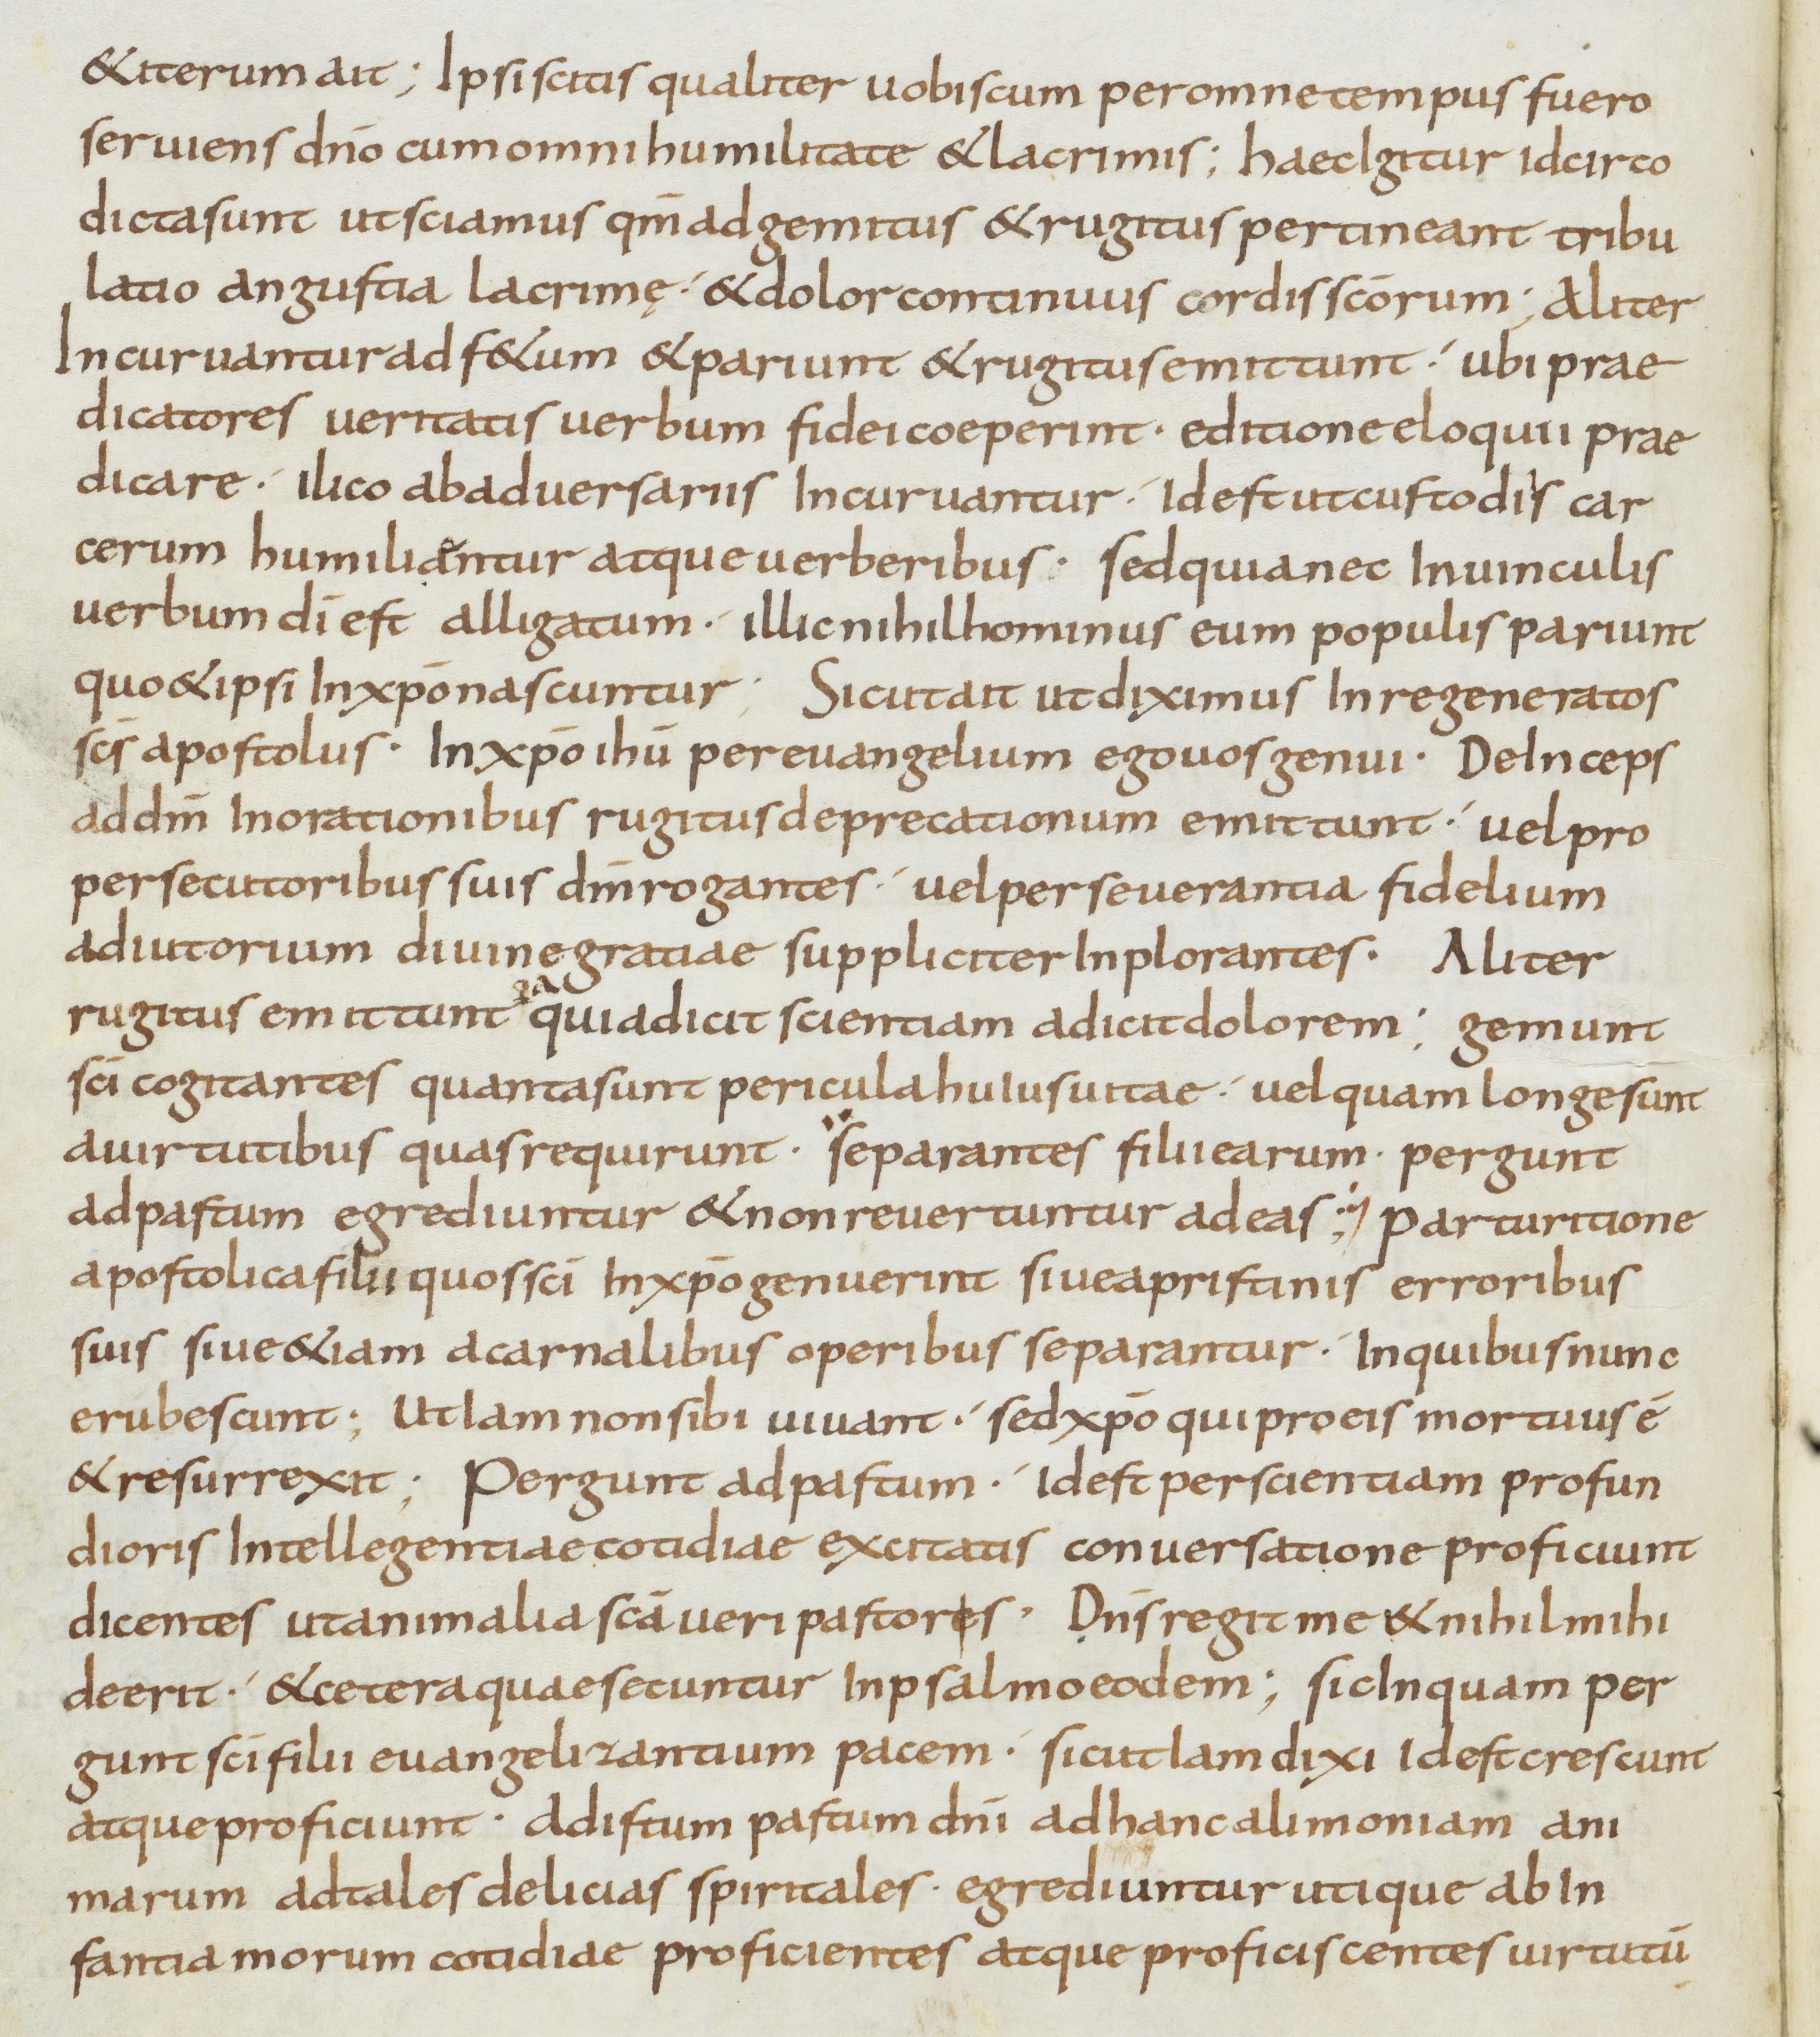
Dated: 800–899